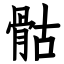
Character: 骷